Document type: Grant
Year: 1403
Scribe: Berenguer Pedrosell
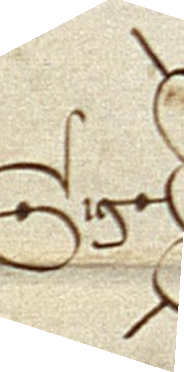
Sig